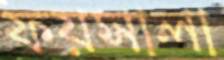
ফয়সালা